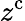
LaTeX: z^{\mathrm{c}}